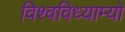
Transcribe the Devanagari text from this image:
विश्वविध्याम्यो